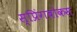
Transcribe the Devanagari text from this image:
स्प्रिंगबोकस